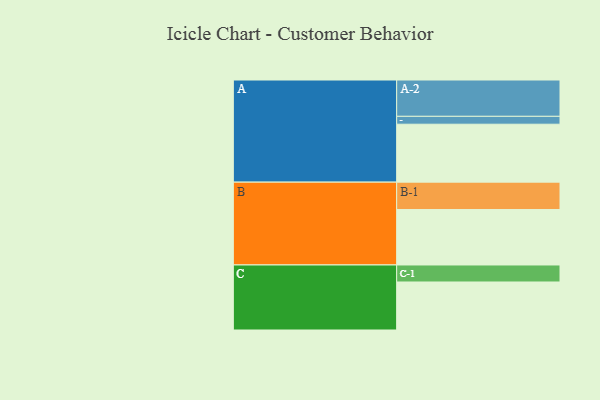
{"axis": {"x": "Segment", "y": "Value"}, "legend": ["", "A", "B", "C"], "data": [{"x": "A", "y": 426, "type": ""}, {"x": "B", "y": 408, "type": ""}, {"x": "C", "y": 353, "type": ""}, {"x": "A-1", "y": 58, "type": "A"}, {"x": "A-2", "y": 267, "type": "A"}, {"x": "B-1", "y": 201, "type": "B"}, {"x": "C-1", "y": 125, "type": "C"}]}